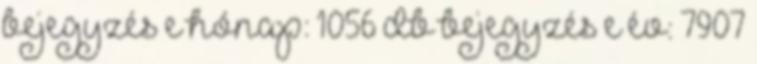
bejegyzés e hónap: 1056 db bejegyzés e év: 7907